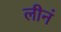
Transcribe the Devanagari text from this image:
लीनं